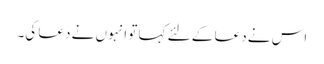
اس نے دعا کے لئے کہا تو انہوں نے دعا کی۔